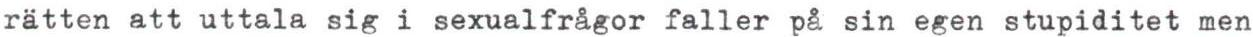
rätten att uttala sig i sexualfrågor faller på sin egen stupiditet men